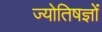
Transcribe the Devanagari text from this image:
ज्योतिषज्ञों